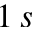
1 \, s